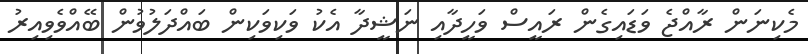
މެކިނަން ރާއްޖެ ވަޑައިގެން ރައީސް ވަހީދާއި ނަޝީދާ އެކު ވަކިވަކިން ބައްދަލުވުން ބޭއްވެވިއިރު